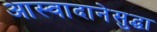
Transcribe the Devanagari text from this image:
आस्वादानेसुद्धा